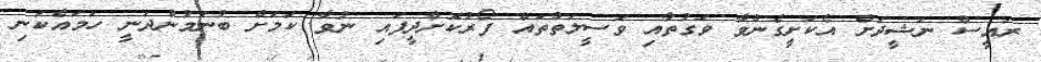
ރައީސް ނަޝީދަށް އެކަށީގެންވާ ވަގުތާއި ވަސީލަތްތައް ފޯރުކޮށްދީފައި ނުވާ ކަމަށް ބުނަމުންދަނީ ހަމައެކަނި